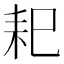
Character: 𦓨